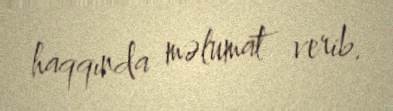
haqqında məlumat verib.